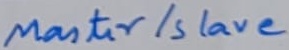
Text: Master/Slave